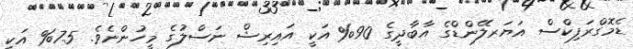
ޑެމޮގްރަފިކްސް އަޔަރލޭންޑްގެ އާބާދީގެ 90% އަކީ އައިރިޝް ނަސްލުގެ މީހުންނެވެ. 7.5% އަކީ